Report on vaccination in the Province of Bengal - 1874-1889
Year: 1874
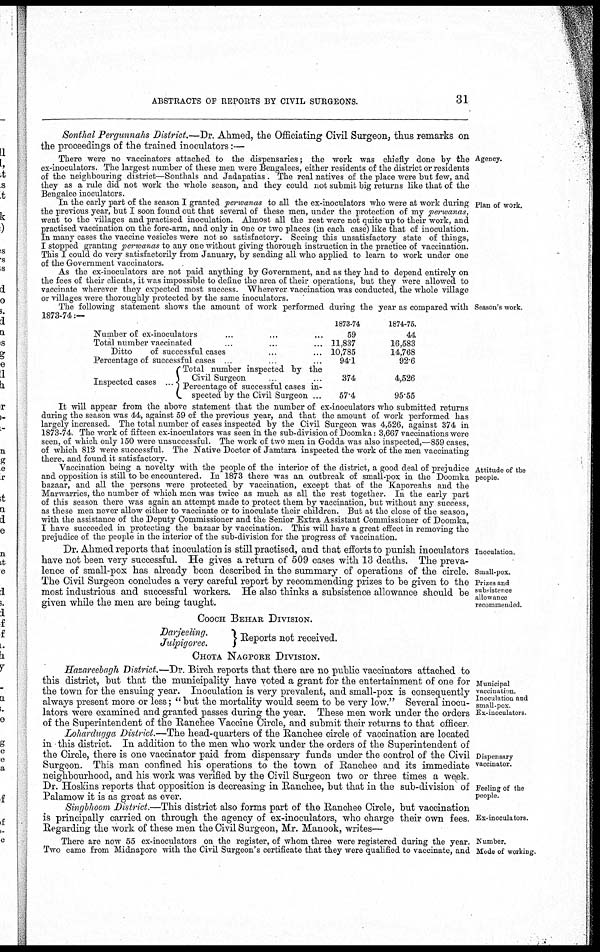
ABSTRACTS OF REPORTS BY CIVIL SURGEONS.
31
Sonthal Pergunnahs District.—Dr. Ahmed, the Officiating Civil Surgeon, thus remarks on
the proceedings of the trained inoculators:—
Agency.
There were no vaccinators attached to the dispensaries; the work was chiefly done by the
ex-inoculators. The largest number of these men were Bengalees, either residents of the district or residents
of the neighbouring district—Sonthals and Jadapatias . The real natives of the place were but few, and
they as a rule did not work the whole season, and they could not submit big returns like that of the
Bengalee inoculators.
Plan of work.
In the early part of the season I granted perwanas to all the ex-inoculators who were at work during
the previous year, but I soon found out that several of these men, under the protection of my perwanas,
went to the villages and practised inoculation. Almost all the rest were not quite up to their work, and
practised vaccination on the fore-arm, and only in one or two places (in each case) like that of inoculation.
In many cases the vaccine vesicles were not so satisfactory. Seeing this unsatisfactory state of things,
I stopped granting perwanas to any one without giving thorough instruction in the practice of vaccination.
This I could do very satisfactorily from January, by sending all who applied to learn to work under one
of the Government vaccinators.
As the ex-inoculators are not paid anything by Government, and as they had to depend entirely on
the fees of their clients, it was impossible to define the area of their operations, but they were allowed to
vaccinate wherever they expected most success. Wherever vaccination was conducted, the whole village
or villages were thoroughly protected by the same inoculators.
Season's work.
The following statement shows the amount of work performed during the year as compared with
1873-74:—
Number of ex-inoculators ... ... ...
Total number vaccinated ... ... ...
Ditto
of successful cases ... ... ...
Percentage of successful cases ... ... ...
Inspected cases ...
Total number inspected by the
Civil Surgeon ... ... ...
1 Percentage of successful cases in-
spected by the Civil Surgeon ...
1873-74
59
11,837
10,785
94.1
374
57.4
1874-75.
44
16,583
14,768
92.6
4,526
95.55
It will appear from the above statement that the number of ex-inoculators who submitted returns
during the season was 44, against 59 of the previous year, and that the amount of work performed has
largely increased. The total number of cases inspected by the Civil Surgeon was 4,526, against 374 in
1873-74. The work of fifteen ex-inoculators was seen in the sub-division of Doomka: 3,667 vaccinations were
seen, of which only 150 were unsuccessful. The work of two men in Godda was also inspected,—859 cases,
of which 812 were successful. The Native Doctor of Jamtara inspected the work of the men vaccinating
there, and found it satisfactory.
Attitude of the
people.
Vaccination being a novelty with the people of the interior of the district, a good deal of prejudice
and opposition is still to be encountered. In 1873 there was an outbreak of small-pox in the Doomka
bazaar, and all the persons were protected by vaccination, except that of the Kaporeahs and the
Marwarries, the number of which men was twice as much as all the rest together. In the early part
of this season there was again an attempt made to protect them by vaccination, but without any success,
as these men never allow either to vaccinate or to inoculate their children. But at the close of the season,
with the assistance of the Deputy Commissioner and the Senior Extra Assistant Commissioner of Doomka,
I have succeeded in protecting the bazaar by vaccination. This will have a great effect in removing the
prejudice of the people in the interior of the sub-division for the progress of vaccination.
Inoculation.
Small-pox.
Prizes and
subsistence
allowance
recommended.
Dr. Ahmed reports that inoculation is still practised, and that efforts to punish inoculators
have not been very successful. He gives a return of 509 cases with 13 deaths. The preva-
lence of small-pox has already been described in the summary of operations of the circle.
The Civil Surgeon concludes a very careful report by recommending prizes to be given to the
most industrious and successful workers. He also thinks a subsistence allowance should be
given while the men are being taught.
COOCH BEHAR DIVISION.
Darjeeling.
Julpigoree.
Reports not received.
Municipal
vaccination
Inoculation and
small-pox
Ex-inoculators.
Hasareebagh District.—Dr. Birch reports that there are no public vaccinators attached to
this district, but that the municipality have voted a grant for the entertainment of one for
the town for the ensuing year. Inoculation is very prevalent, and small-pox is consequently
always present more or less; " but the mortality would seem to be very low." Several inocu-
lators were examined and granted passes during the year. These men work under the orders
of the Superintendent of the Ranchee Vaccine Circle, and submit their returns to that officer.
Dispensary
vaccinator.
Feeling of the
people.
Lohardugga District.—The head-quarters of the Ranchee circle of vaccination are located
in this district. In addition to the men who work under the orders of the Superintendent of
the Circle, there is one vaccinator paid from dispensary funds under the control of the Civil
Surgeon. This man confined his operations to the town of Ranchee and its immediate
neighbourhood, and his work was verified by the Civil Surgeon two or three times a week.
Dr. Hoskins reports that opposition is decreasing in Ranchee, but that in the sub-division of
Palamow it is as great as ever.
Ex-inoculators.
Singbhoom District.—This
district also forms part of the Ranchee Circle, but vaccination
is principally carried on through the agency of ex-inoculators, who charge their own fees.
Regarding the work of these men the Civil Surgeon, Mr. Manook, writes—
Number.
Mode of working.
There are now 55 ex-inoculators on the register, of whom three were registered during the year.
Two came from Midnapore with the Civil Surgeon's certificate that they were qualified to vaccinate, and